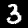
Label: 3